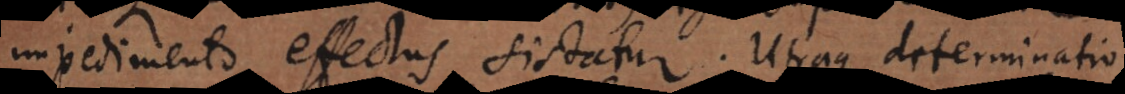
impedimento effectus sistatur. Utraque determinatio